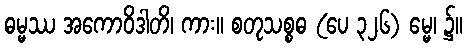
ဓမ္မဿ အကောဝိဒါတိ၊ ကား။ စတုသစ္စဓ (ပေ ၃၂၆) မ္မေ၊ ၌။